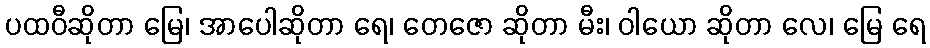
ပထဝီဆိုတာ မြေ၊ အာပေါဆိုတာ ရေ၊ တေဇော ဆိုတာ မီး၊ ဝါယော ဆိုတာ လေ၊ မြေ ရေ